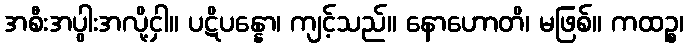
အစီးအပွါးအလို့ငှါ။ ပဋိပန္နော၊ ကျင့်သည်။ နောဟောတိ၊ မဖြစ်။ ကထဉ္စ၊